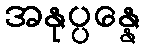
အနုပ္ပန္နေ